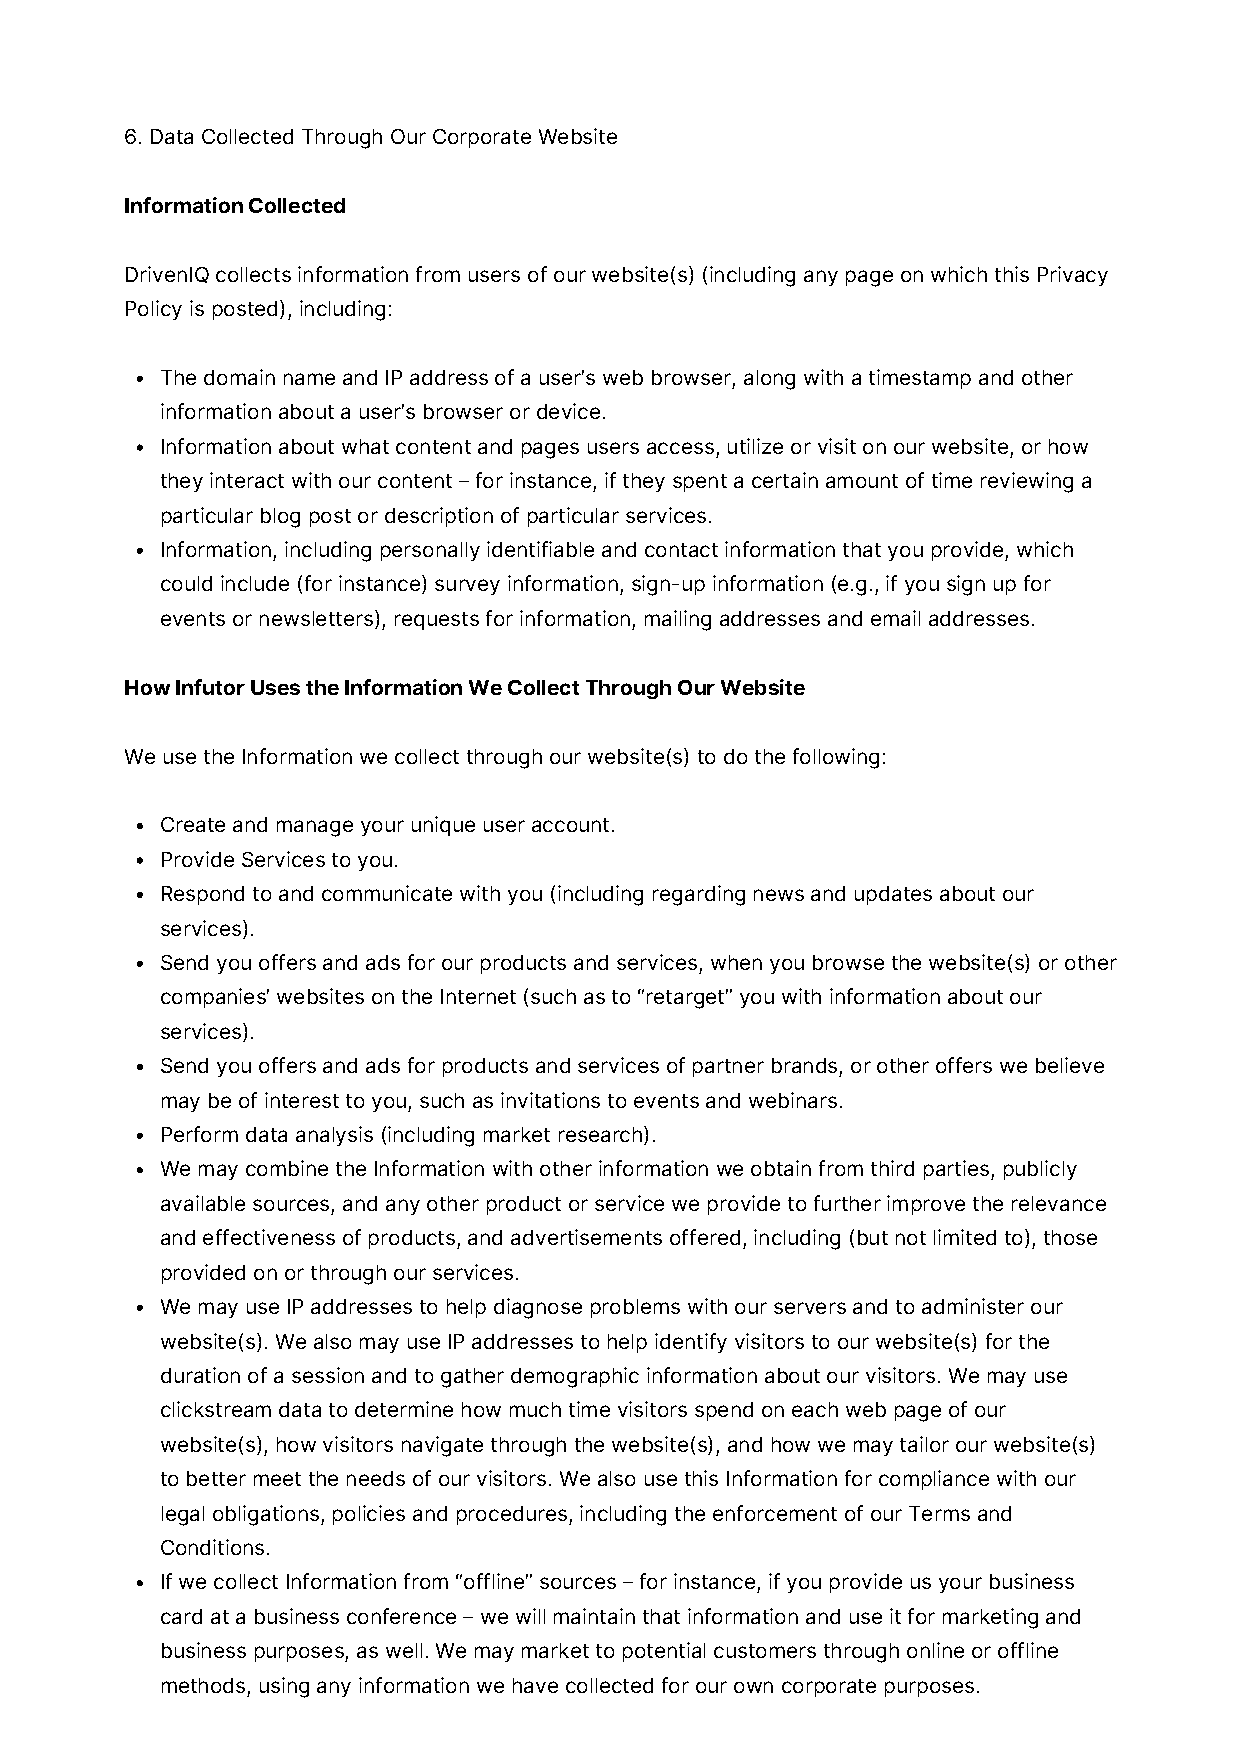
6. Data Collected Through Our Corporate Website
 Information Collected
 DrivenIQ collects information from users of our website(s) (including any page on which this Privacy
 Policy is posted), including:
 The domain name and IP address of a user’s web browser, along with a timestamp and other
 information about a user’s browser or device.
 Information about what content and pages users access, utilize or visit on our website, or how
 they interact with our content – for instance, if they spent a certain amount of time reviewing a
 particular blog post or description of particular services.
 Information, including personally identifiable and contact information that you provide, which
 could include (for instance) survey information, sign-up information (e.g., if you sign up for
 events or newsletters), requests for information, mailing addresses and email addresses.
 How Infutor Uses the Information We Collect Through Our Website
 We use the Information we collect through our website(s) to do the following:
 Create and manage your unique user account.
 Provide Services to you.
 Respond to and communicate with you (including regarding news and updates about our
 services).
 Send you offers and ads for our products and services, when you browse the website(s) or other
 companies’ websites on the Internet (such as to “retarget” you with information about our
 services).
 Send you offers and ads for products and services of partner brands, or other offers we believe
 may be of interest to you, such as invitations to events and webinars.
 Perform data analysis (including market research).
 We may combine the Information with other information we obtain from third parties, publicly
 available sources, and any other product or service we provide to further improve the relevance
 and effectiveness of products, and advertisements offered, including (but not limited to), those
 provided on or through our services.
 We may use IP addresses to help diagnose problems with our servers and to administer our
 website(s). We also may use IP addresses to help identify visitors to our website(s) for the
 duration of a session and to gather demographic information about our visitors. We may use
 clickstream data to determine how much time visitors spend on each web page of our
 website(s), how visitors navigate through the website(s), and how we may tailor our website(s)
 to better meet the needs of our visitors. We also use this Information for compliance with our
 legal obligations, policies and procedures, including the enforcement of our Terms and
 Conditions.
 If we collect Information from “offline” sources – for instance, if you provide us your business
 card at a business conference – we will maintain that information and use it for marketing and
 business purposes, as well. We may market to potential customers through online or offline
 methods, using any information we have collected for our own corporate purposes.